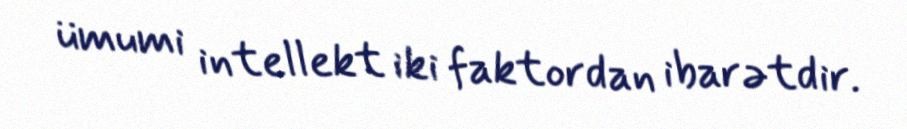
ümumi intellekt iki faktordan ibarətdir.